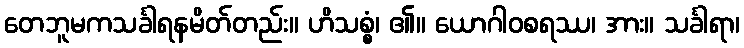
တေဘူမကသင်္ခါရနမိတ်တည်း။ ဟိသစ္စံ၊ ၏။ ယောဂါဝစရဿ၊ အား။ သင်္ခါရာ၊